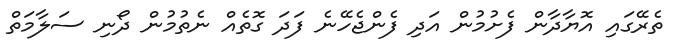
ތެރޭގައި އޮޔާދާން ފެށުމުން އަދި ފެންޖެހޭނެ ފަދަ ގޮތެއް ނެތުމުން ދޯނި ސަލާމަތް